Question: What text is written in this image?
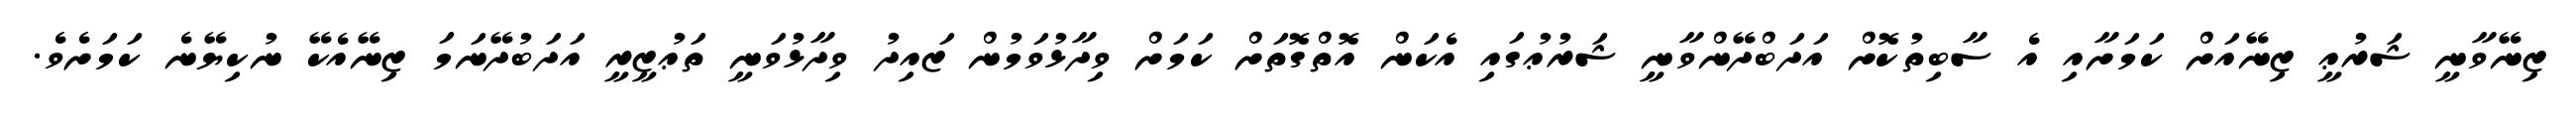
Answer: ޒިނޭވާނީ ޝަރުޢީ ޒިނޭއަށް ކަމަށާއި އެ ސާބިތުކޮށް އަދަބްދޭންވާނީ ޝަރުޢުގައި އެކަން އޮތްގޮތަށް ކަމަށް ވިދާޅުވަމުން ޒައިދު ވިދާޅުވަނީ ތަޢުޒީރީ އަދަބުދޭނަމަ ޒިނޭއެކޭ ނުކިޔޭނެ ކަމަށެވެ.